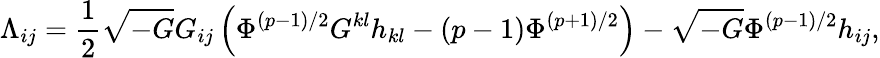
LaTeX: {\Lambda}_{ij}=\frac{1}{2}\sqrt{-G}G_{ij}\left({\Phi}^{(p-1)/2}G^{kl}h_{kl}-(p-1){\Phi}^{(p+1)/2}\right)-\sqrt{-G}{\Phi}^{(p-1)/2}h_{ij},